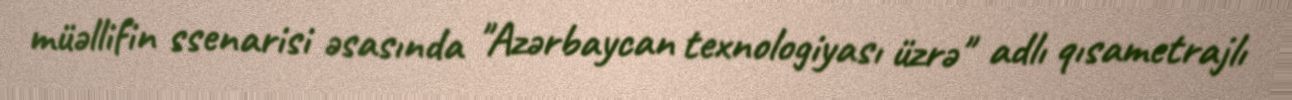
müəllifin ssenarisi əsasında "Azərbaycan texnologiyası üzrə" adlı qısametrajlı